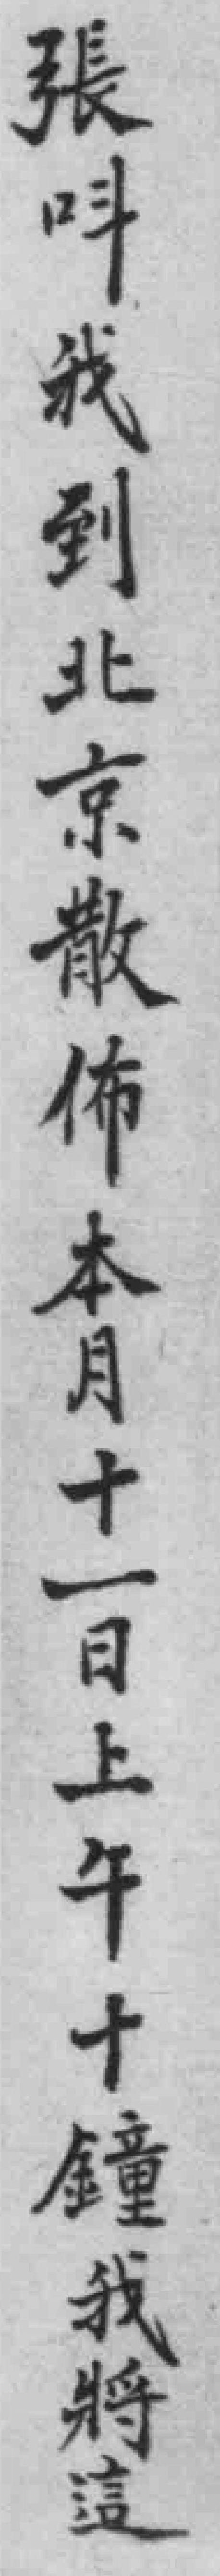
張斗我到北京散佈本月十一日上午十鐘我將這